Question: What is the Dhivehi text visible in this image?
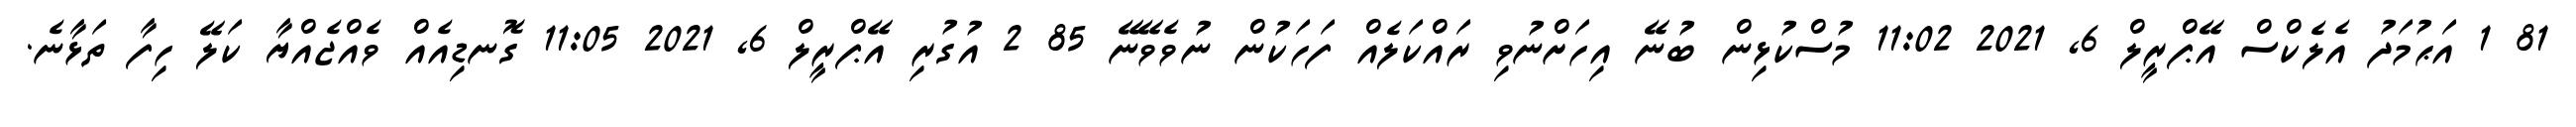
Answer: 81 1 އަޙުމަދު އެލެކްސް އޭޕްރީލް 6, 2021 11:02 މުސްކުޅިން ބުނޭ އިހަށްނުވި ރައްކަލެއް ފަހަކުން ނުވެވޭނޭ 85 2 އުގުރި އޭޕްރީލް 6, 2021 11:05 ގޮނޑިއެއް ވެއްޖެއްޔާ ކަލޭ ހިފާ ތަޅާނެ.